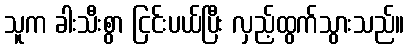
သူက ခါးသီးစွာ ငြင်းပယ်ပြီး လှည့်ထွက်သွားသည်။